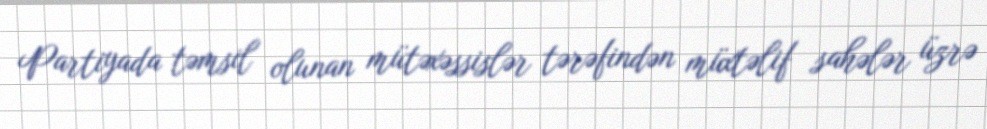
Partiyada təmsil olunan mütəxəssislər tərəfindən müxtəlif sahələr üzrə